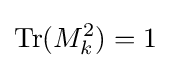
{\rm {Tr}}(M_{k}^{2})=1